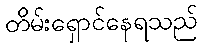
တိမ်းရှောင်နေရသည်